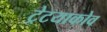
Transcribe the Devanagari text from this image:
ट्रेटयाकोव